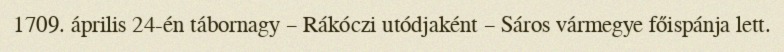
1709. április 24-én tábornagy – Rákóczi utódjaként – Sáros vármegye főispánja lett.